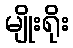
မျိုးရိုး